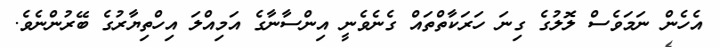
އެހެން ނަމަވެސް ލޮލުގެ ގިނަ ހަރަކާތްތައް ގެނެވެނީ އިންސާނާގެ އަމިއްލަ އިހްތިޔާރުގެ ބޭރުންނެވެ.